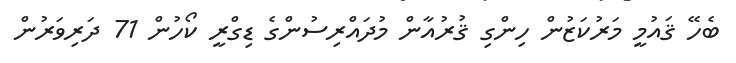
ބެހޭ ޤައުމީ މަރުކަޒުން ހިންގި ޤުރުއާން މުދައްރިސުންގެ ޑިގްރީ ކޯހުން 71 ދަރިވަރުން